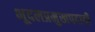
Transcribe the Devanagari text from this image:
भूदलप्रमुखपदाची